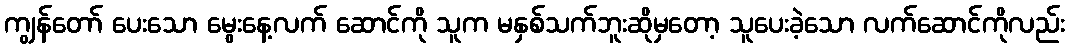
ကျွန်တော် ပေးသော မွေးနေ့လက် ဆောင်ကို သူက မနှစ်သက်ဘူးဆိုမှတော့ သူပေးခဲ့သော လက်ဆောင်ကိုလည်း